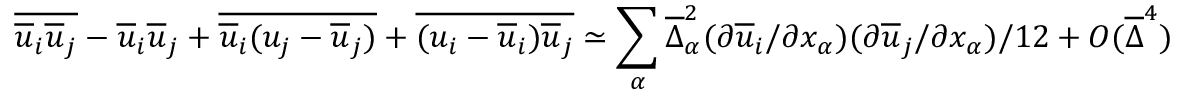
\overline { { \overline { { u } } _ { i } \overline { { u } } _ { j } } } - \overline { { u } } _ { i } \overline { { u } } _ { j } + \overline { { \overline { { u } } _ { i } ( u _ { j } - \overline { { u } } _ { j } ) } } + \overline { { ( u _ { i } - \overline { { u } } _ { i } ) \overline { { u } } _ { j } } } \simeq \sum _ { \alpha } \overline { { \Delta } } _ { \alpha } ^ { 2 } ( \partial \overline { { u } } _ { i } / \partial x _ { \alpha } ) ( \partial \overline { { u } } _ { j } / \partial x _ { \alpha } ) / 1 2 + O ( \overline { { \Delta } } ^ { 4 } )